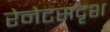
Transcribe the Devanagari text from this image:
रेनेटसदृश